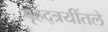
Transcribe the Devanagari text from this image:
बृहद्त्रयींतले